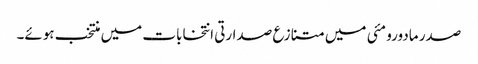
صدر مادورو مئی میں متنازع صدارتی انتخابات میں منتخب ہوئے۔